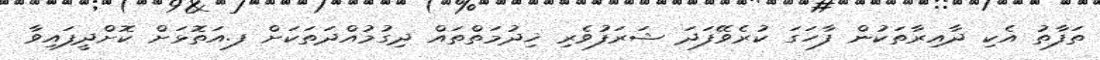
ތަފާތު އެކި ދާއިރާތަކުން ފާހަގަ ކުރެވޭފަދަ ޝަރަފުވެރި ޚިދުމަތްތައް ދިގުމުއްދަތަކަށް ފ.އަތޮޅަށް ކޮށްދީފައިވާ